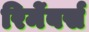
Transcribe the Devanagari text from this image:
रिमेंबर्स